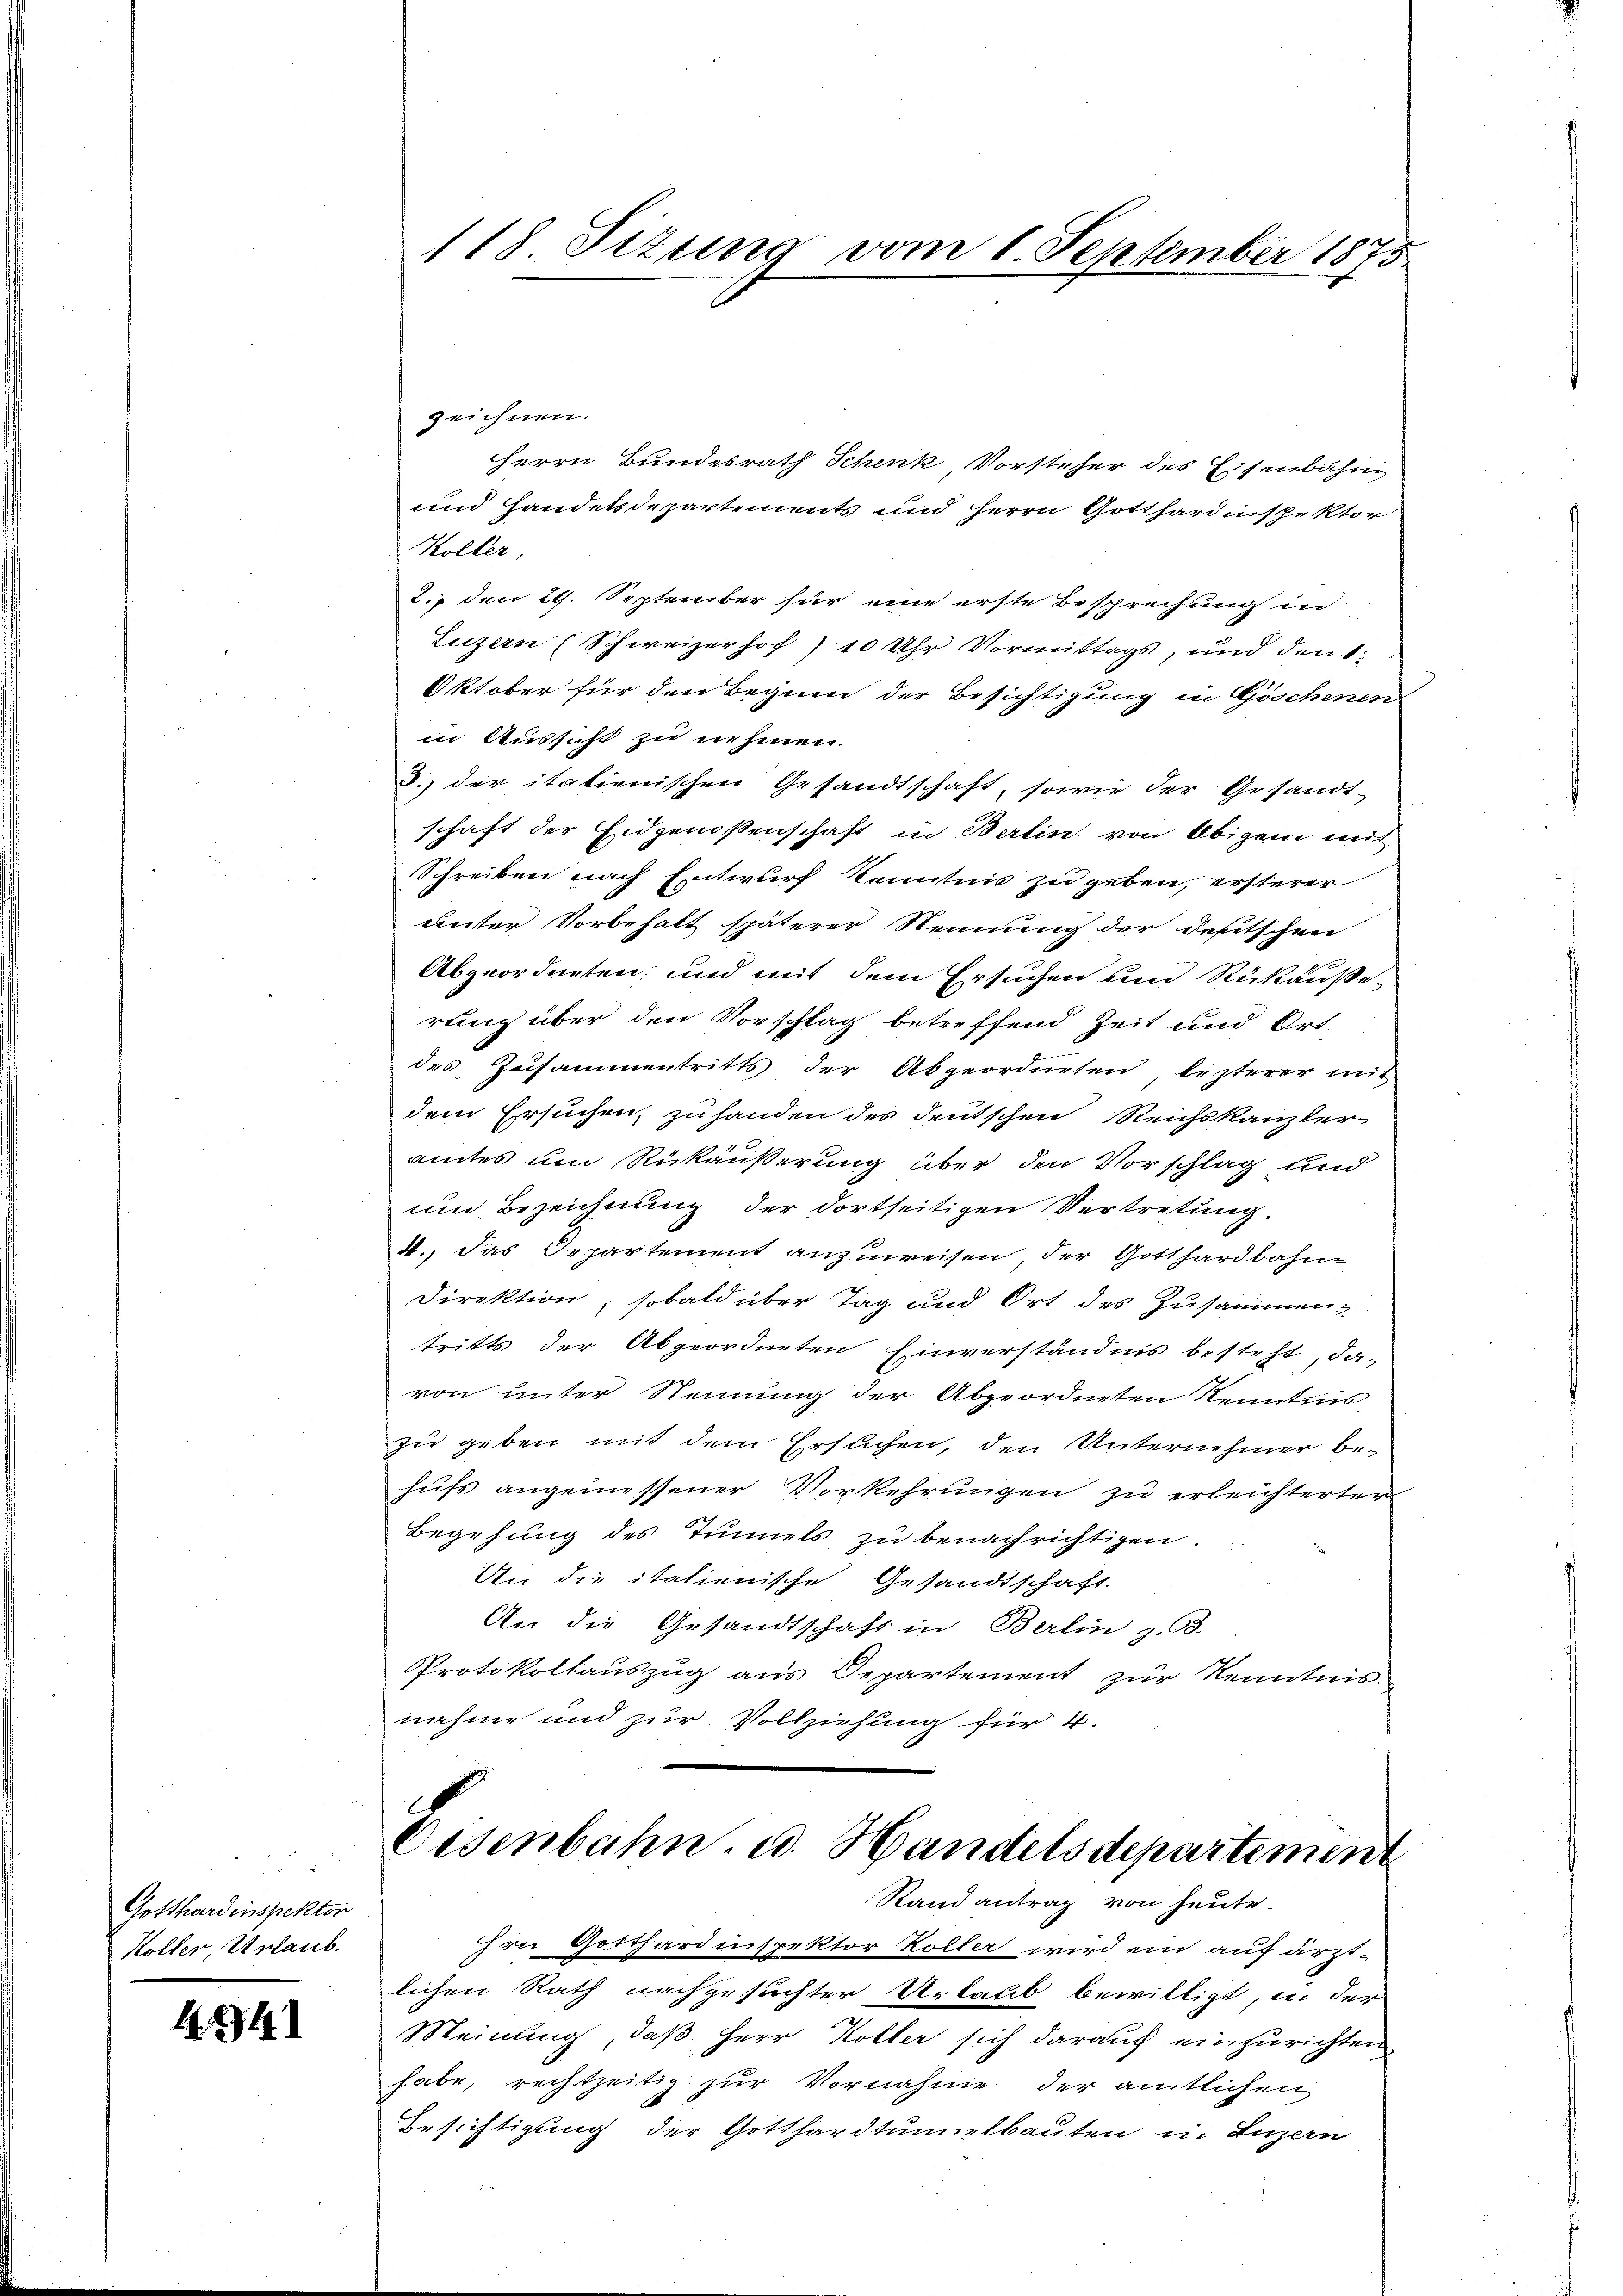
Gotthardinspektor
Köller, Urlaub.

1.84

118. Situng vom 1. September 1875

zeichnen.
Herrn Bundesrath Schenk, Vorsteher des Eisenbahn
und Handelsdepartements und Herrn Gotthardispektor
Köller,
2., den 29. September für eine erste Besprechung in
Luzern (Schweizerhof) 10 Uhr Vormittags, und den 1:
Oktober für den Begnen der Besichtigung in Göschenen
in Aussicht zu nehmen.
.) der italienischen Gesandtschaft, sowie der Gesandt
schaft der Eidgenossenschaft in Berlin von Obigen mit
Schreiben nach Entwurf kenntnis zu geben, ersterer
unter Vorbehalt späterer Nennung der deutschen
Abgeordneten; und mit dem Ersuchen und Rükäuße-
rung über den Vorschlag betreffend Zeit und Ort-
des Zusammentritts der Abgeordneten lezterer mit
dem Ersuchen, zu handen des deutschen Reichskanzler-
amtes um Rükäußerung über den Vorschlag und
und Bezeichnung der dortseitigen Vertretung.
4., Das Departement anzuweisen, der Gotthardbahne
Direktion, sobald über Tag und Ort des Zusammen
tritts der Abgeordneten Einverständnis besteht, da-
von unter Nennung der Abgeordneten Kenntnis,
zu geben mit dem Ersuchen, den Unternehmer behufs angemessener Vorkehrungen zu erleichterter
Begehung des Tunnels zu benachrichtigen.
An die italienische Gesandtschaft.
An die Gesandtschaft in Berlin z. B.
Protokollauszug aus Departement zur Kenntnis-
nahme und zur Vollziehung für 4.
Eisenbahn, u. Handelsdepartement
Stand antrag von heute.
Hrn Gotthardinspektor Koller wird ein auf ärztlichen Rath nachgesuchter Urlaub bewilligt, in der
Meinung, daß Herr Koller sich darauf einzurichten
habe, rechtzeitig zur Vornahme der amtlichen
Ersichtigung der Gotthardtumulbauten u. Luzern